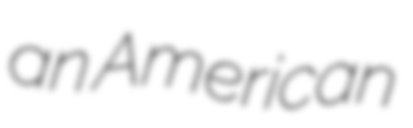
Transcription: an American